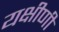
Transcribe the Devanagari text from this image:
यक्षीणी